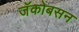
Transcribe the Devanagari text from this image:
जॅकोबसन